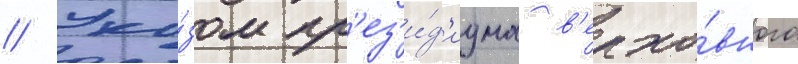
// Ука́зом пр'ез'и́д'иума в'ерхо́вного